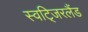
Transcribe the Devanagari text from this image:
स्वटि्जरलैंड